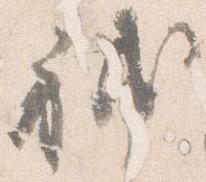
補